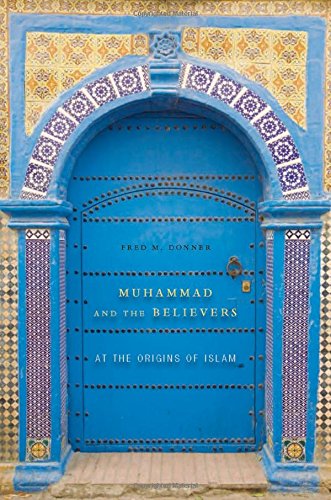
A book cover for Muhammad and the Believers: At the Origins of Islam; Fred McGraw Donner; Religion & Spirituality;